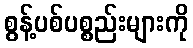
စွန့်ပစ်ပစ္စည်းများကို